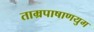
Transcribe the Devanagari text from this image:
ताम्रपाषाणयुग